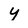
Character: Y